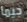
جيما